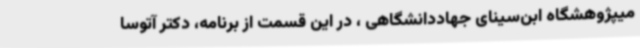
میپژوهشگاه ابن‌سینای جهاددانشگاهی ، در این قسمت از برنامه، دکتر آتوسا